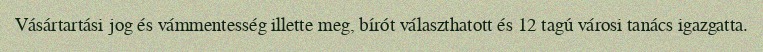
Vásártartási jog és vámmentesség illette meg, bírót választhatott és 12 tagú városi tanács igazgatta.